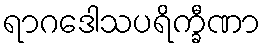
ရာဂဒေါသပရိက္ခီဏာ